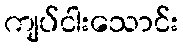
ကျပ်ငါးသောင်း